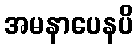
အမနာပေနပိ